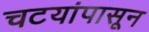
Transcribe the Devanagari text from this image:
चटयांपासून